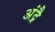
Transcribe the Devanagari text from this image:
अंद्रै